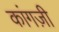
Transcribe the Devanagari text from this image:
कांगज़ी